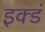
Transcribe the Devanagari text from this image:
इक्डं